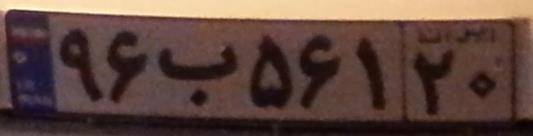
۹۶ب۵۶۱۲۰